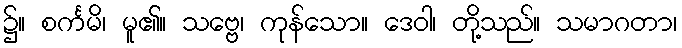
၌။ စင်္ကမိ၊ မူ၏။ သဗ္ဗေ၊ ကုန်သော။ ဒေဝါ၊ တို့သည်။ သမာဂတာ၊